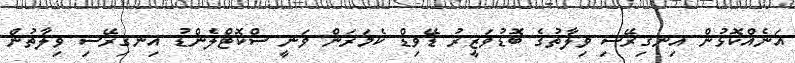
އަނެއްކޮޅުން އިނގިރޭސި ވިލާތުގެ ބޮޑުވަޒީރު ޑޭވިޑް ކެމަރަން ވަނީ ސްކޮޓްލެންޑު އިނގިރޭސި ވިލާތުން